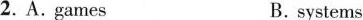
2.A.games B.systems